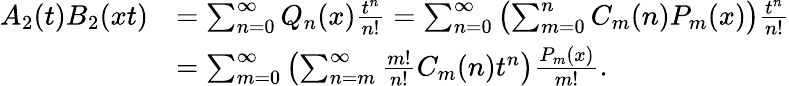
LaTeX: \begin{array}{rl}{A_{2}(t)B_{2}(xt)}&{=\sum_{n=0}^{\infty}Q_{n}(x){\frac{t^{n}}{n!}}=\sum_{n=0}^{\infty}\left(\sum_{m=0}^{n}C_{m}(n)P_{m}(x)\right){\frac{t^{n}}{n!}}}\\ &{=\sum_{m=0}^{\infty}\left(\sum_{n=m}^{\infty}{\frac{m!}{n!}}C_{m}(n)t^{n}\right){\frac{P_{m}(x)}{m!}}.}\end{array}